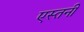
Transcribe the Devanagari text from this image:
एस्तनी